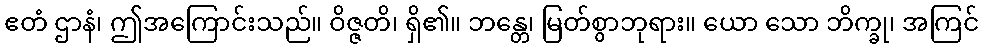
ဧတံ ဌာနံ၊ ဤအကြောင်းသည်။ ဝိဇ္ဇတိ၊ ရှိ၏။ ဘန္တေ၊ မြတ်စွာဘုရား။ ယော သော ဘိက္ခု၊ အကြင်